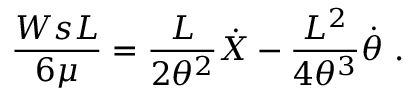
\frac { W s L } { 6 \mu } = \frac { L } { 2 \theta ^ { 2 } } \dot { X } - \frac { L ^ { 2 } } { 4 \theta ^ { 3 } } \dot { \theta } \ .